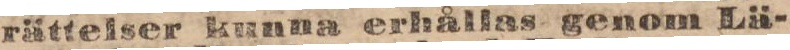
rättelser kunna erhållas genom Lä-